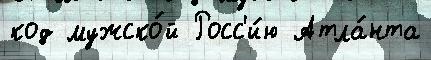
код мужско́й Росс'и́ю Атла́нта